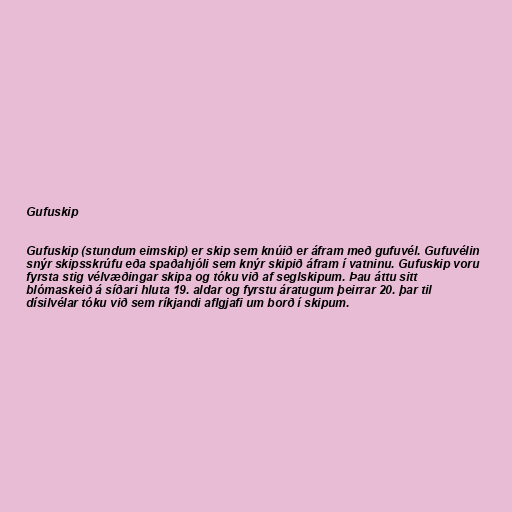
Gufuskip

Gufuskip (stundum eimskip) er skip sem knúið er áfram með gufuvél. Gufuvélin
snýr skipsskrúfu eða spaðahjóli sem knýr skipið áfram í vatninu. Gufuskip voru
fyrsta stig vélvæðingar skipa og tóku við af seglskipum. Þau áttu sitt
blómaskeið á síðari hluta 19. aldar og fyrstu áratugum þeirrar 20. þar til
dísilvélar tóku við sem ríkjandi aflgjafi um borð í skipum.